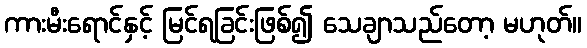
ကားမီးရောင်နှင့် မြင်ရခြင်းဖြစ်၍ သေချာသည်တော့ မဟုတ်။